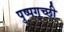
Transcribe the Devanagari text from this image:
पुष्पगुच्छी